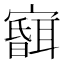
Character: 𱚘